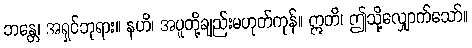
ဘန္တေ၊ အရှင်ဘုရား။ နဟိ၊ အပူတို့ချည်းမဟုတ်ကုန်။ ဣတိ၊ ဤသို့လျှောက်သော်။